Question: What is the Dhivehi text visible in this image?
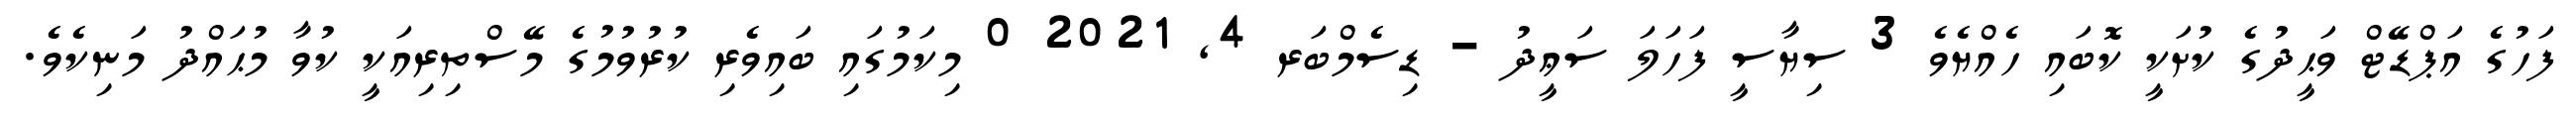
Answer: ފަހުގެ އަޕްޑޭޓް ވަޙީދުގެ ކުށަކީ ކޮބައި ހެއްޔެވެ 3 ސިޔާސީ ފަހަލަ ސަޢީދު - ޑިސެމްބަރ 4, 2021 0 މިކަމުގައި ބައިވެރި ކުރުވުމުގެ މޭސްތިރިއަކީ ކުވާ މުޙައްދު މަނިކެވެ.